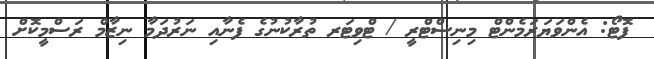
ފޮޓޯ: އެންވަޔަރަމެންޓް މިނިސްޓްރީ / ޓްވިޓަރ ތުރާކުނުގެ ފެނާއި ނަރުދަމާ ނިޒާމް ރަސްމީކޮށް